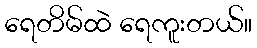
ရေတိမ်ထဲ ရေကူးတယ်။